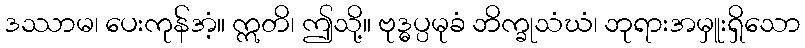
ဒဿာမ၊ ပေးကုန်အံ့။ ဣတိ၊ ဤသို့။ ဗုဒ္ဓပ္ပမုခံ ဘိက္ခုသံဃံ၊ ဘုရားအမှူးရှိသော